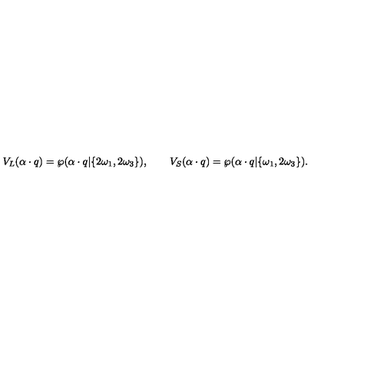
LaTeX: V _ { L } ( \alpha \cdot q ) = \wp ( \alpha \cdot q | \{ 2 \omega _ { 1 } , 2 \omega _ { 3 } \} ) , \qquad V _ { S } ( \alpha \cdot q ) = \wp ( \alpha \cdot q | \{ \omega _ { 1 } , 2 \omega _ { 3 } \} ) .